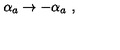
\alpha _ { a } \to - \alpha _ { a } \ ,